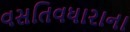
વસતિવધારાના